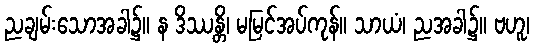
ညချမ်းသောအခါ၌။ န ဒိဿန္တိ၊ မမြင်အပ်ကုန်။ သာယံ၊ ညအခါ၌။ ဗဟူ၊